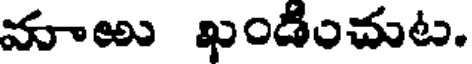
మాఱు ఖండించుట.